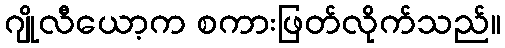
ဂျိုလီယော့က စကားဖြတ်လိုက်သည်။